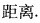
距离.